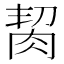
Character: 𦚨